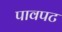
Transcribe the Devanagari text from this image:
पावपट